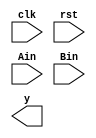


module B(
  input clk, rst,
  input Ain, Bin,
  output reg y
);

reg [1:0] curState, nxtState;

always @(posedge clk, negedge rst) begin
  if (~rst) curState <= 2'b00;
  else      curState <= nxtState;
end

endmodule